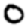
Digit: 0